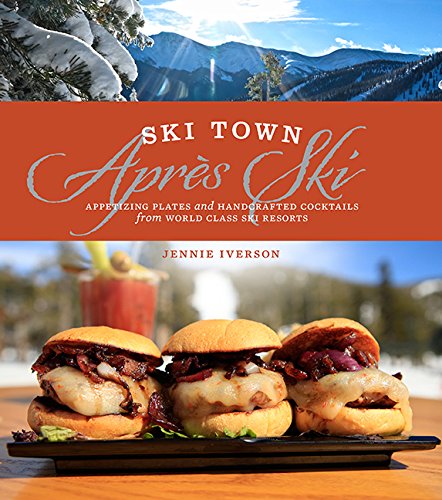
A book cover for Ski Town AprÃ¨s Ski; Jennie Iverson; Cookbooks, Food & Wine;